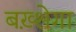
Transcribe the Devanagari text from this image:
बख़्शेगा